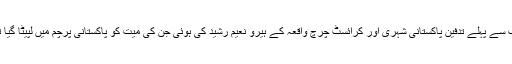
سب سے پہلے تدفین پاکستانی شہری اور کرائسٹ چرچ واقعہ کے ہیرو نعیم رشید کی ہوئی جن کی میت کو پاکستانی پرچم میں لپیٹا گیا تھا۔